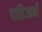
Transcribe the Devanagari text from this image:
दाहिआवाँ